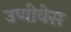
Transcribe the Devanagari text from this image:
उणीवेस